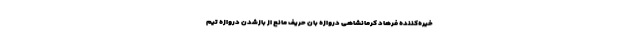
خیره‌کننده فرهاد کرمانشاهی دروازه بان حریف مانع از بازشدن دروازه تیم